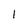
Character: 1